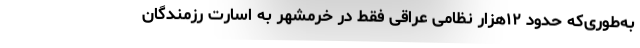
به‌طوری‌که حدود ۱۲هزار نظامی عراقی فقط در خرمشهر به اسارت رزمندگان